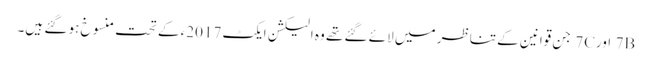
7B اور7C جن قوانین کے تناظر میں لائے گئے تھے وہ الیکشن ایکٹ 2017ء کے تحت منسوخ ہو گئے ہیں۔